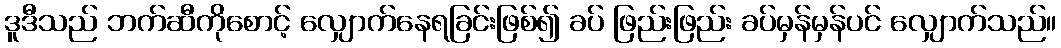
ဒူဒီသည် ဘက်ဆီကိုစောင့် လျှောက်နေရခြင်းဖြစ်၍ ခပ် ဖြည်းဖြည်း ခပ်မှန်မှန်ပင် လျှောက်သည်။